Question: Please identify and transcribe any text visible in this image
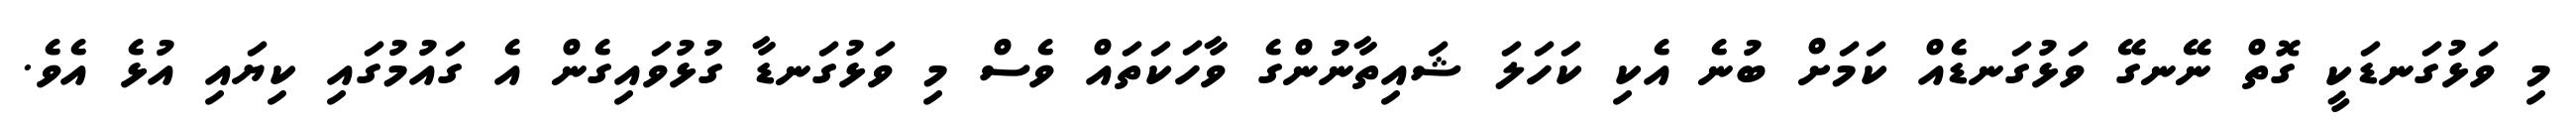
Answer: މި ވަޅުގަނޑަކީ ގޮތް ނޭނގޭ ވަޅުގަނޑެއް ކަމަށް ބުނެ އެކި ކަހަލަ ޝައިތާނުންގެ ވާހަކަތައް ވެސް މި ވަޅުގަނޑާ ގުޅުވައިގެން އެ ގައުމުގައި ކިޔައި އުޅެ އެވެ.